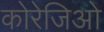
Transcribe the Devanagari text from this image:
कोरेजिओ